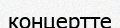
концертте